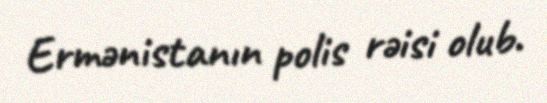
Ermənistanın polis rəisi olub.